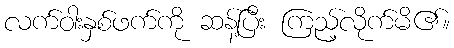
လက်ဝါးနှစ်ဖက်ကို ဆန့်ပြီး ကြည့်လိုက်မိ၏။